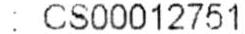
: CS00012751